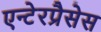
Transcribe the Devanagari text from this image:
एन्टेरप्रैसेस